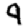
Digit: 9